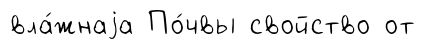
вла́жнаjа По́чвы свойство от